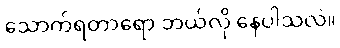
သောက်ရတာရော ဘယ်လို နေပါသလဲ။